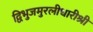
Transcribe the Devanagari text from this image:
द्विभुजमुरलीधारीश्री